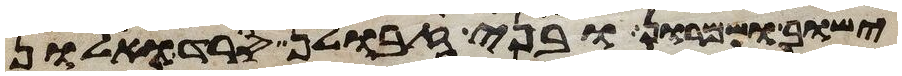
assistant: ישוב ושמרון ובני זבולן סרד ואלון